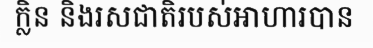
ក្លិន និងរសជាតិរបស់អាហារបាន